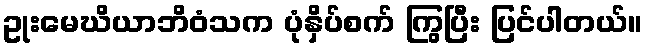
ဥုးမေဃိယာဘိဝံသက ပုံနှိပ်စက် ကြွပြီး ပြင်ပါတယ်။